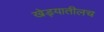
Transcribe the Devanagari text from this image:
खेड्यातीलच